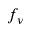
f _ { \nu }